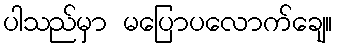
ပါသည်မှာ မပြောပလောက်ချေ။